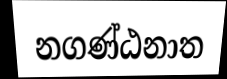
නගණ්ඨනාත